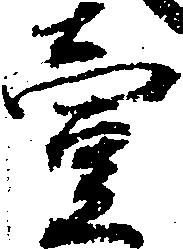
壱